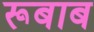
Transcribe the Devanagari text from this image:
रूबाब